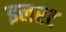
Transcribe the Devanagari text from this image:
इलरट